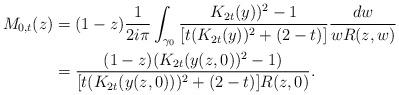
LaTeX: \begin{align*}M_{0,t}(z) &= (1-z) \frac{1}{2i\pi}\int_{\gamma_0} \frac{K_{2t}(y))^2-1}{[t(K_{2t}(y))^2 + (2-t)]}\frac{dw}{w R(z,w)}\\& = \frac{(1-z)(K_{2t}(y(z,0))^2-1)}{[t(K_{2t}(y(z,0)))^2 + (2-t)]R(z,0)}.\end{align*}